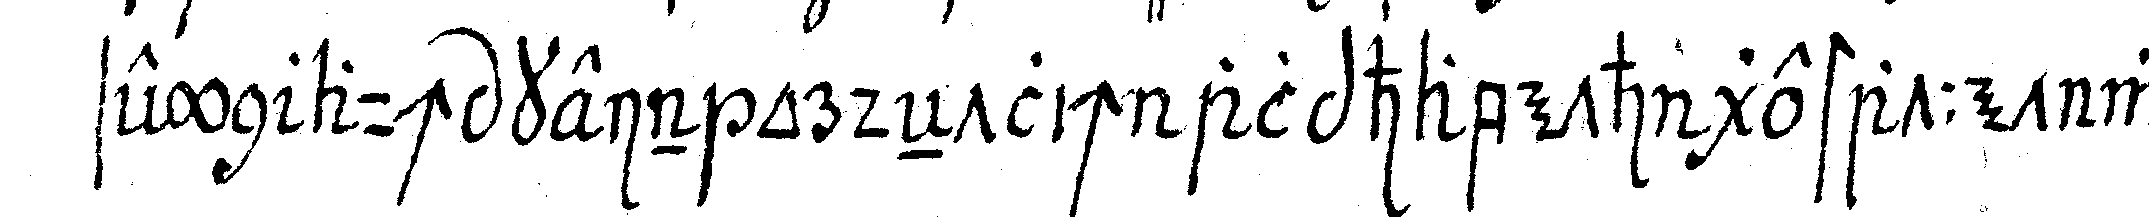
seyn auch kein ordeNtlich alphabeth gestattet wer